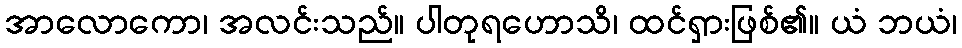
အာလောကော၊ အလင်းသည်။ ပါတုရဟောသိ၊ ထင်ရှားဖြစ်၏။ ယံ ဘယံ၊